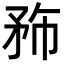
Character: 𥍦